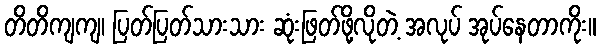
တိတိကျကျ၊ ပြတ်ပြတ်သားသား ဆုံးဖြတ်ဖို့လိုတဲ့ အလုပ် အုပ်နေတာကိုး။